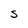
Character: S